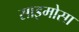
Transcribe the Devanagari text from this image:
साइमोसा